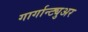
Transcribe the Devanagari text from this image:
गार्गान्ट्युअर